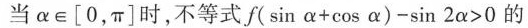
当α\in [0，π]时，不等式$$f ( \sin α + \cos α ) - \sin 2 α > 0$$的